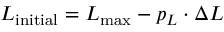
L _ { \mathrm { i n i t i a l } } = L _ { \mathrm { m a x } } - p _ { L } \cdot \Delta L